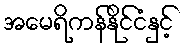
အမေရိကန်နိုင်ငံနှင့်